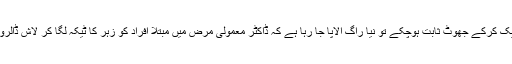
اب جب کہ سارے ہی دعوے ایک ایک کرکے جھوٹ ثابت ہوچکے تو نیا راگ الاپا جا رہا ہے کہ ڈاکٹر معمولی مرض میں مبتلا افراد کو زہر کا ٹیکہ لگا کر لاش ڈالروں کے عوض فروخت کر رہے ہیں۔